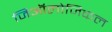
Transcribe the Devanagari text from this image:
जिऑलोजिकल